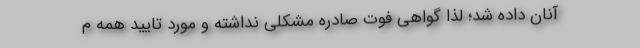
آنان داده شد؛ لذا گواهی فوت صادره مشکلی نداشته و مورد تایید همه م